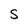
Character: S